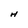
Character: H